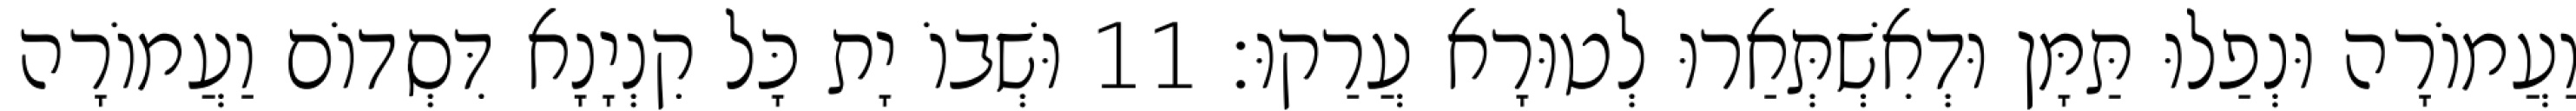
וַעֲמוֹרָה וּנְפַלוּ תַּמָּן וּדְאִשְׁתְּאַרוּ לְטוּרָא עֲרַקוּ׃ 11 וּשְׁבוֹ יָת כָּל קִנְיָנָא דִּסְדוֹם וַעֲמוֹרָה